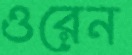
ওরেন